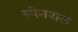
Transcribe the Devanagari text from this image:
स्पेनवाले